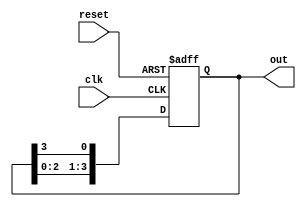
module multi_stage_ring_counter #(
    parameter N = 4  // Number of stages (flip-flops)
)(
    input wire clk,          // Clock input
    input wire reset,        // Asynchronous reset input
    output reg [N-1:0] out   // Output representing the current state of the counter
);

    // Initial state of the ring counter
    initial begin
        out = 1'b1; // Start with the first flip-flop set to '1'
    end

    // Sequential logic for the ring counter
    always @(posedge clk or posedge reset) begin
        if (reset) begin
            out <= 1'b1; // Reset to initial state
        end else begin
            out <= {out[N-2:0], out[N-1]}; // Shift the '1' to the next flip-flop
        end
    end

endmodule